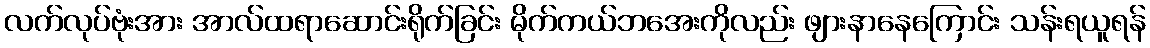
လက်လုပ်ဗုံးအား အာလ်ထရာဆောင်းရိုက်ခြင်း မိုက်ကယ်ဘအေးကိုလည်း ဖျားနာနေကြောင်း သန်းရယူရန်